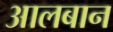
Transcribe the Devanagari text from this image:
आलबान